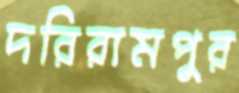
দরিরামপুর